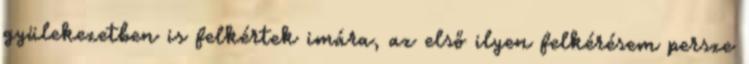
gyülekezetben is felkértek imára, az első ilyen felkérésem persze